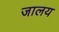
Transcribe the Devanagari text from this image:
जालय